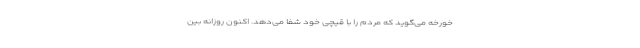
خورخه می‌گوید که مردم را با قیچی خود شفا می‌دهد. اکنون روزانه بین